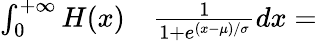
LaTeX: \begin{array}{rl}{\int_{0}^{+\infty}H(x)}&{{}\frac{1}{1+e^{(x-\mu)/\sigma}}dx=}\end{array}